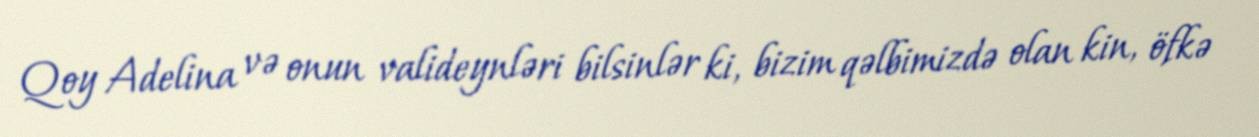
Qoy Adelina və onun valideynləri bilsinlər ki, bizim qəlbimizdə olan kin, öfkə